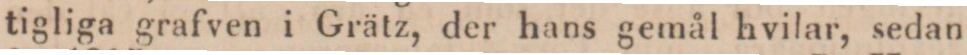
tigliga grafven i Grätz, der hans gemål hvilar, sedan